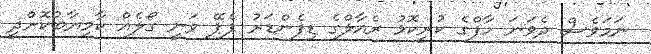
ނަމަވެސް ދެވަނަ ހާފްގެ ކުރީކޮޅު ރެއާލްގެ ޑިފެންޑަރު ޕެޕޭ ވަނީ ގޯލެއް ކާމިޔާބުކޮށްދީ